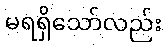
မရရှိသော်လည်း